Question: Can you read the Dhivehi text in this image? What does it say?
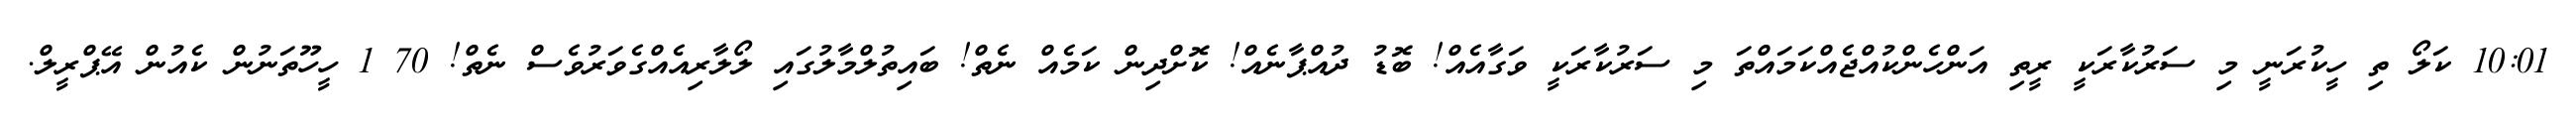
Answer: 10:01 ކަލޯ ތި ހީކުރަނީ މި ސަރުކާރަކީ ރީތި އަންހެންކުއްޖެއްކަމައްތަ މި ސަރުކާރަކީ ވަގާއެއް! ބޮޑު ދުއްޕާނެއް! ކޮށްދިން ކަމެއް ނެތް! ބައިތުލްމާލުގައި ލޯލާރިއެއްގެވަރުވެސް ނެތް! 70 1 ހީހޫތަނުން ކެއުން އޭޕްރީލް.